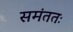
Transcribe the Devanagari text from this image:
समंततः